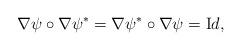
LaTeX: \begin{align*}\nabla \psi \circ \nabla \psi^* = \nabla \psi^* \circ \nabla \psi = {\text Id}, \end{align*}